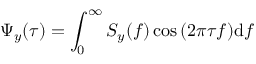
\Psi _ { y } ( \tau ) = \int _ { 0 } ^ { \infty } S _ { y } ( f ) \cos { ( 2 \pi \tau f ) } \mathrm { d } f